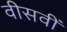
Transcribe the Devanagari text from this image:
वीसवीं